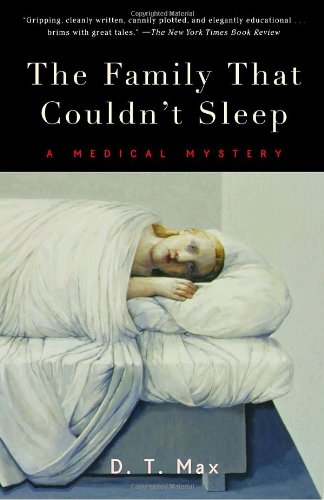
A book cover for The Family That Couldn't Sleep: A Medical Mystery; D.T. Max; Medical Books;